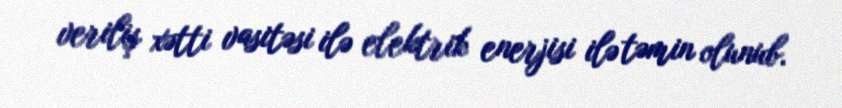
veriliş xətti vasitəsi ilə elektrik enerjisi ilə təmin olunub.